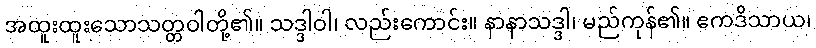
အထူးထူးသောသတ္တဝါတို့၏။ သဒ္ဒါဝါ၊ လည်းကောင်း။ နာနာသဒ္ဒါ၊ မည်ကုန်၏။ ဧကဒိသာယ၊